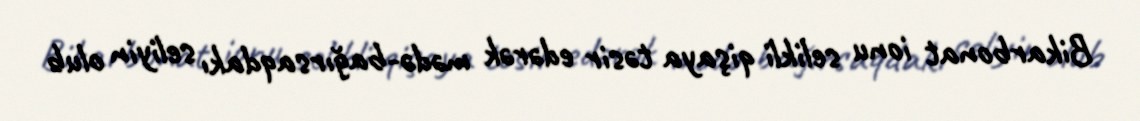
Bikarbonat ionu selikli qişaya təsir edərək mədə-bağırsaqdakı seliyin olub